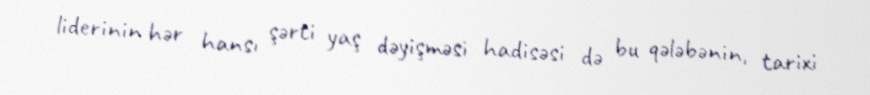
liderinin hər hansı şərti yaş dəyişməsi hadisəsi də bu qələbənin, tarixi